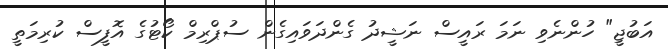
އަބުޖީ" ހުންނެވި ނަމަ ރައީސް ނަޝީދު ގެންދަވައިގެން ސުޕްރިމް ކޯޓުގެ އޮފީސް ކުރިމަތީ